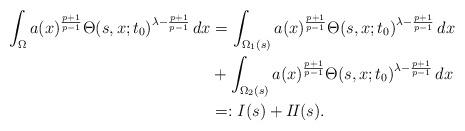
LaTeX: \begin{align*} \int_{\Omega} a(x)^{\frac{p+1}{p-1}} \Theta(s,x;t_0)^{\lambda - \frac{p+1}{p-1}} \,dx &= \int_{\Omega_1(s)} a(x)^{\frac{p+1}{p-1}} \Theta(s,x;t_0)^{\lambda - \frac{p+1}{p-1}} \,dx \\ &+ \int_{\Omega_2(s)} a(x)^{\frac{p+1}{p-1}} \Theta(s,x;t_0)^{\lambda - \frac{p+1}{p-1}} \,dx\\ &=: I(s) + I\!I(s).\end{align*}